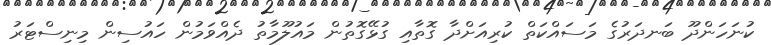
ކުނަހަންދޫ ބަނދަރުގެ މަސައްކަތް ކުރިއަށްދާ ގޮތާއި ގުޅޭގޮތުން މައުލޫމާތު ދެއްވަމުން ހައުސިން މިނިސްޓަރު